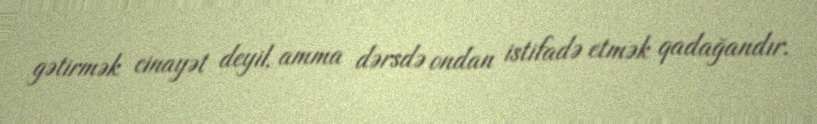
gətirmək cinayət deyil, amma dərsdə ondan istifadə etmək qadağandır.